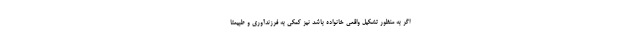
اگر به منظور تشکیل واقعی خانواده باشد نیز کمکی به فرزندآوری و طبیعتا